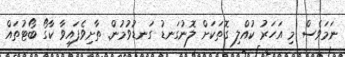
ނަމަވެސް މި އަހަރު ކުއްލި ގޮތަކަށް ލޮނުގަނޑު ގަނޑުވުމުން